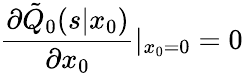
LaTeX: \frac{\partial\tilde{Q}_{0}(s|x_{0})}{\partial x_{0}}|_{x_{0}=0}=0